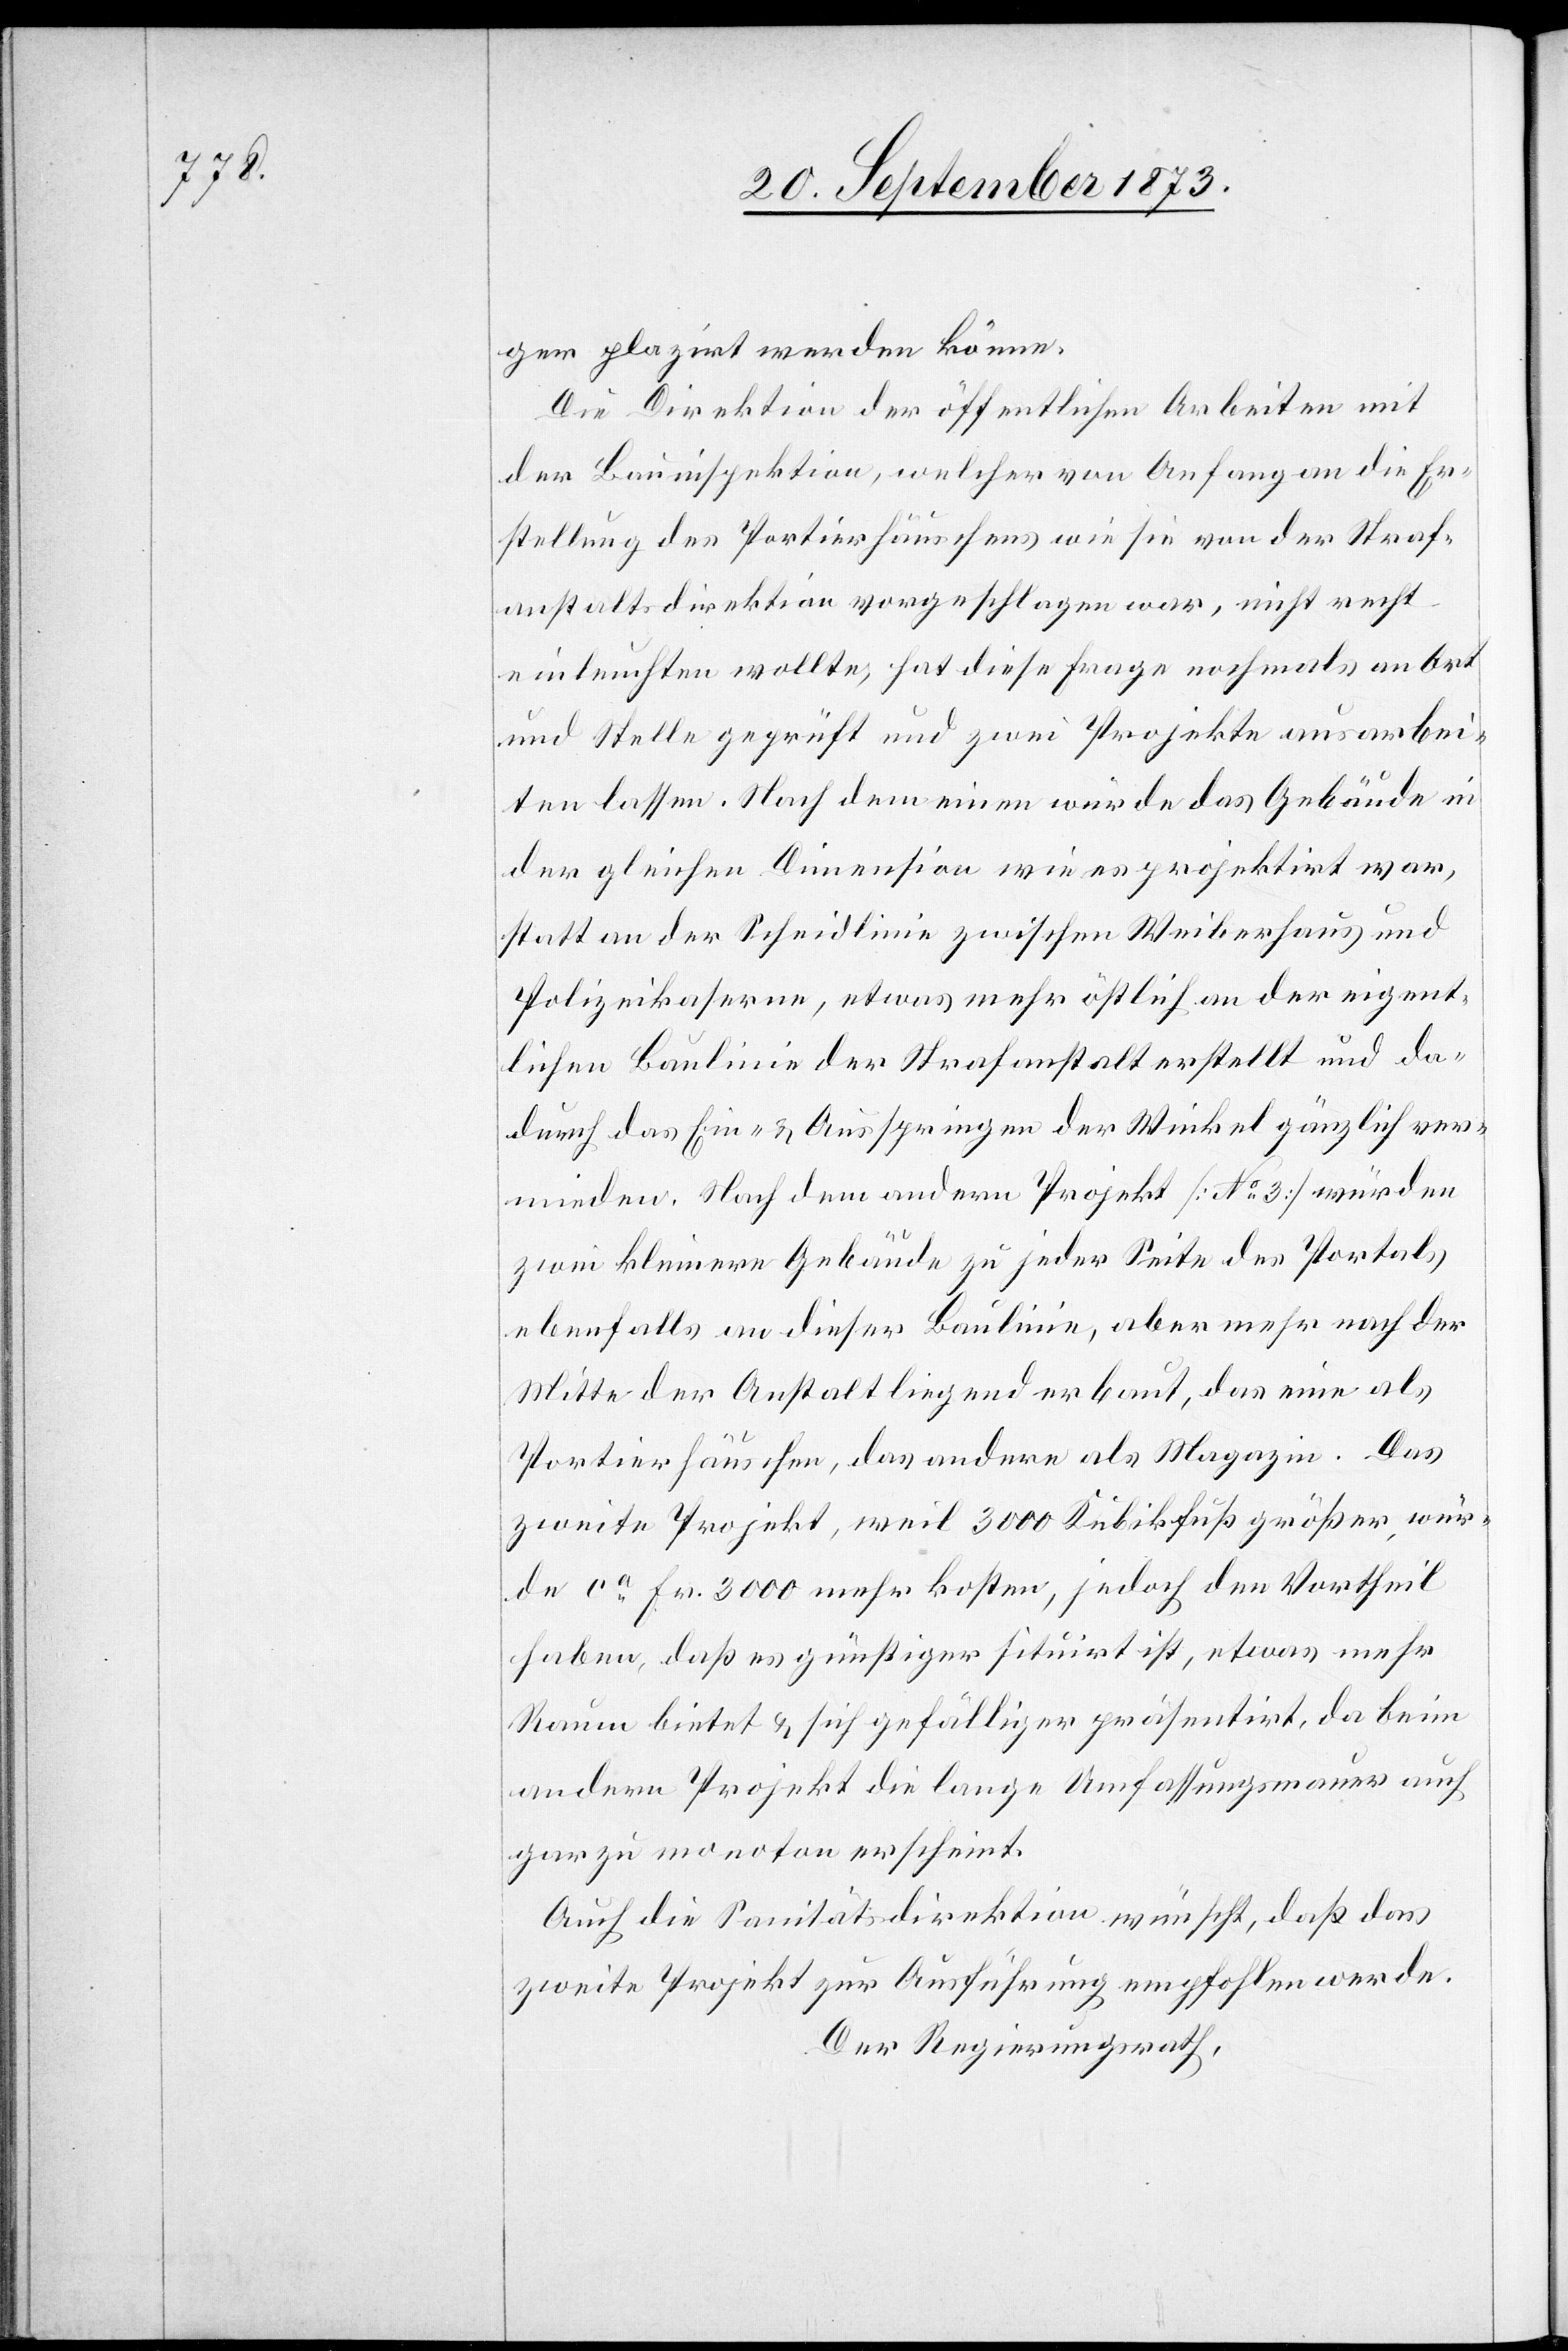
ger plazirt werden könne.
Die Direktion der öffentlichen Arbeiten mit
der Bauinspektion, welcher von Anfang an die Er¬
stellung des Portierhäuschens wie sie von der Straf¬
anstaltsdirektion vorgeschlagen war, nicht recht
einleuchten wollte, hat diese Frage nochmals an Ort
und Stelle geprüft und zwei Projekte ausarbei¬
ten lassen. Nach dem einen würde das Gebäude in
der gleichen Dimension wie es projektirt war,
statt an der Scheidlinie zwischen Weiberhaus und
Polizeikaserne, etwas mehr östlich an der eigent¬
lichen Baulinie der Strafanstalt erstellt und da¬
durch das Ein- & Ausspringen der Winkel gänzlich ver¬
mieden. Nach dem andern Projekt [No 3] würden
zwei kleinere Gebäude zu jeder Seite des Portals
ebenfalls an dieser Baulinie, aber mehr nach der
Mitte der Anstalt liegend erbaut, das eine als
Portierhäuschen, das andere als Magazin. Das
zweite Projekt, weil 3 000 Kubikfuß größer, wür¬
de ca Fr. 3 000 mehr kosten, jedoch den Vortheil
haben, daß es günstiger situirt ist, etwas mehr
Raum bietet & sich gefälliger präsentirt, da beim
andern Projekt die lange Umfassungsmauer auch
gar zu monoton erscheint.
Auch die Sanitätsdirektion wünscht, daß das
zweite Projekt zur Ausführung empfohlen werde.
Der Regierungsrath,